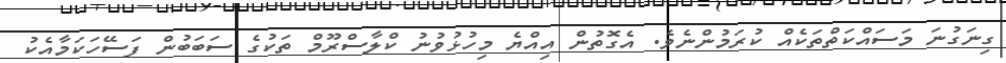
ގިނަގުނަ މަސައްކަތްތަކެއް ކުރަމުންނެވެ. އެގޮތުން އިއްޔެ މިހުޅުވުނު ކްލާސްރޫމް ތަކުގެ ސަބަބުން ފަސޭހަކަމާއެކު